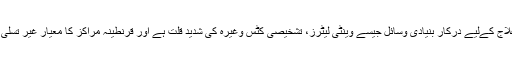
وبا کے علاج کےلیے درکار بنیادی وسائل جیسے وینٹی لیٹرز، تشخیصی کٹس وغیرہ کی شدید قلت ہے اور قرنطینہ مراکز کا معیار غیر تسلی بخش ہے۔